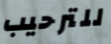
للترحيب